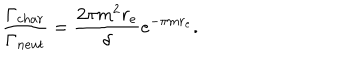
\frac { \Gamma _ { c h a r } } { \Gamma _ { n e u t } } = \frac { 2 \pi m ^ { 2 } r _ { e } } { \delta } e ^ { - \pi m r _ { e } } .